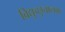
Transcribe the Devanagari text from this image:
विद्युच्छुचालक